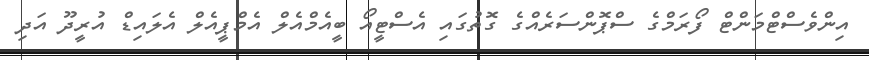
އިންވެސްޓްމަންޓް ފޯރަމްގެ ސްޕޮންސަރެއްގެ ގޮތުގައި އެސްޓީއޯ ބީއެމްއެލް އެމްޕީއެލް އެލައިޑް އުރީދޫ އަދި